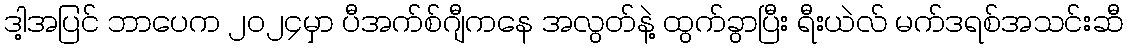
ဒါ့အပြင် ဘာပေက ၂၀၂၄မှာ ပီအက်စ်ဂျီကနေ အလွတ်နဲ့ ထွက်ခွာပြီး ရီးယဲလ် မက်ဒရစ်အသင်းဆီ